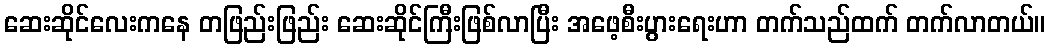
ဆေးဆိုင်လေးကနေ တဖြည်းဖြည်း ဆေးဆိုင်ကြီးဖြစ်လာပြီး အဖေ့စီးပွားရေးဟာ တက်သည်ထက် တက်လာတယ်။